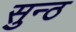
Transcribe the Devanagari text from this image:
सुन्ठ